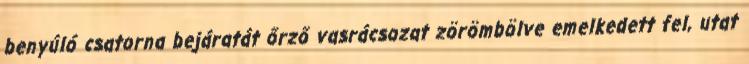
benyúló csatorna bejáratát őrző vasrácsozat zörömbölve emelkedett fel, utat